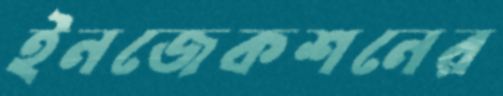
ইনজেকশনের